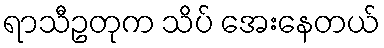
ရာသီဥတုက သိပ် အေးနေတယ်